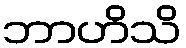
ဘာဟိသိ